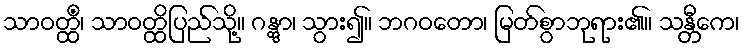
သာဝတ္ထိံ၊ သာဝတ္ထိပြည်သို့။ ဂန္တွာ၊ သွား၍။ ဘဂဝတော၊ မြတ်စွာဘုရား၏။ သန္တီကေ၊